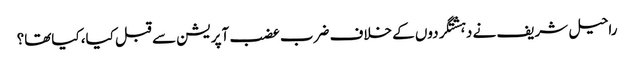
راحیل شریف نے دہشتگردوں کے خلاف ضرب عضب آپریشن سے قبل کیا، کیاتھا؟